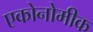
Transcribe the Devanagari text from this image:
एकोनोमीक